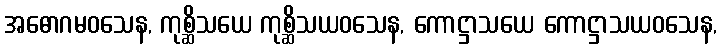
အဓောဂမဝသေန, ကုစ္ဆိသယေ ကုစ္ဆိသယဝသေန, ကောဋ္ဌာသယေ ကောဋ္ဌာသယဝသေန,